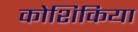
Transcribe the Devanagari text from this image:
कोशिकिया